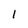
Character: l